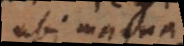
ubi magna